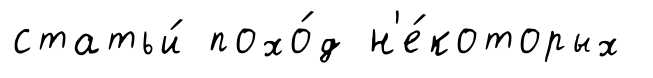
статьи́ похо́д н'е́которых